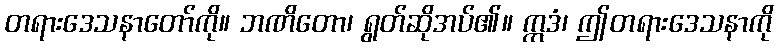
တရားဒေသနာတော်ကို။ ဘဏိတော၊ ရွတ်ဆိုအပ်၏။ ဣဒံ၊ ဤတရားဒေသနာကို